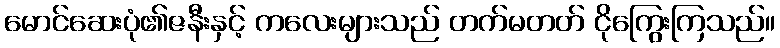
မောင်ဆေးပုံ၏ဇနီးနှင့် ကလေးများသည် တက်မတတ် ငိုကြွေးကြသည်။